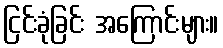
ငြင်းခုံခြင်း အကြောင်းများ။